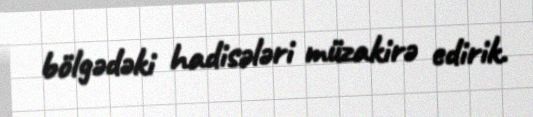
bölgədəki hadisələri müzakirə edirik.